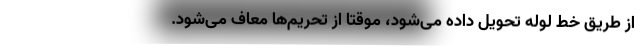
از طریق خط لوله تحویل داده می‌شود، موقتا از تحریم‌ها معاف می‌شود.